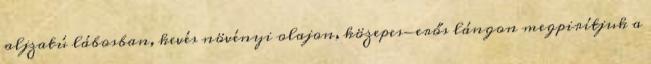
aljzatú lábosban, kevés növényi olajon, közepes-erős lángon megpirítjuk a